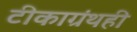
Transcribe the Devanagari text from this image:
टीकाग्रंथही